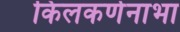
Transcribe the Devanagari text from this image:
किलकर्णनाभा